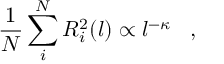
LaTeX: \frac { 1 } { N } \sum _ { i } ^ { N } R _ { i } ^ { 2 } ( l ) \propto l ^ { - \kappa } \, \, \, \, \, , \, \, \, \, \,